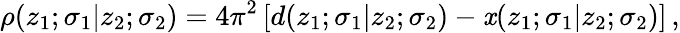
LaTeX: \rho(z_{1};\sigma_{1}|z_{2};\sigma_{2})=4\pi^{2}\left[d(z_{1};\sigma_{1}|z_{2};\sigma_{2})-\mathit{x}(z_{1};\sigma_{1}|z_{2};\sigma_{2})\right]\, ,